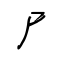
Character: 尸